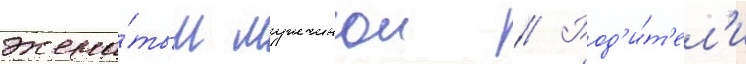
жена́тым мужчинои // Род'и́т'ел'и